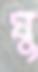
ঘু